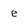
Character: e